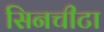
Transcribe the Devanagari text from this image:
सिनचीटा